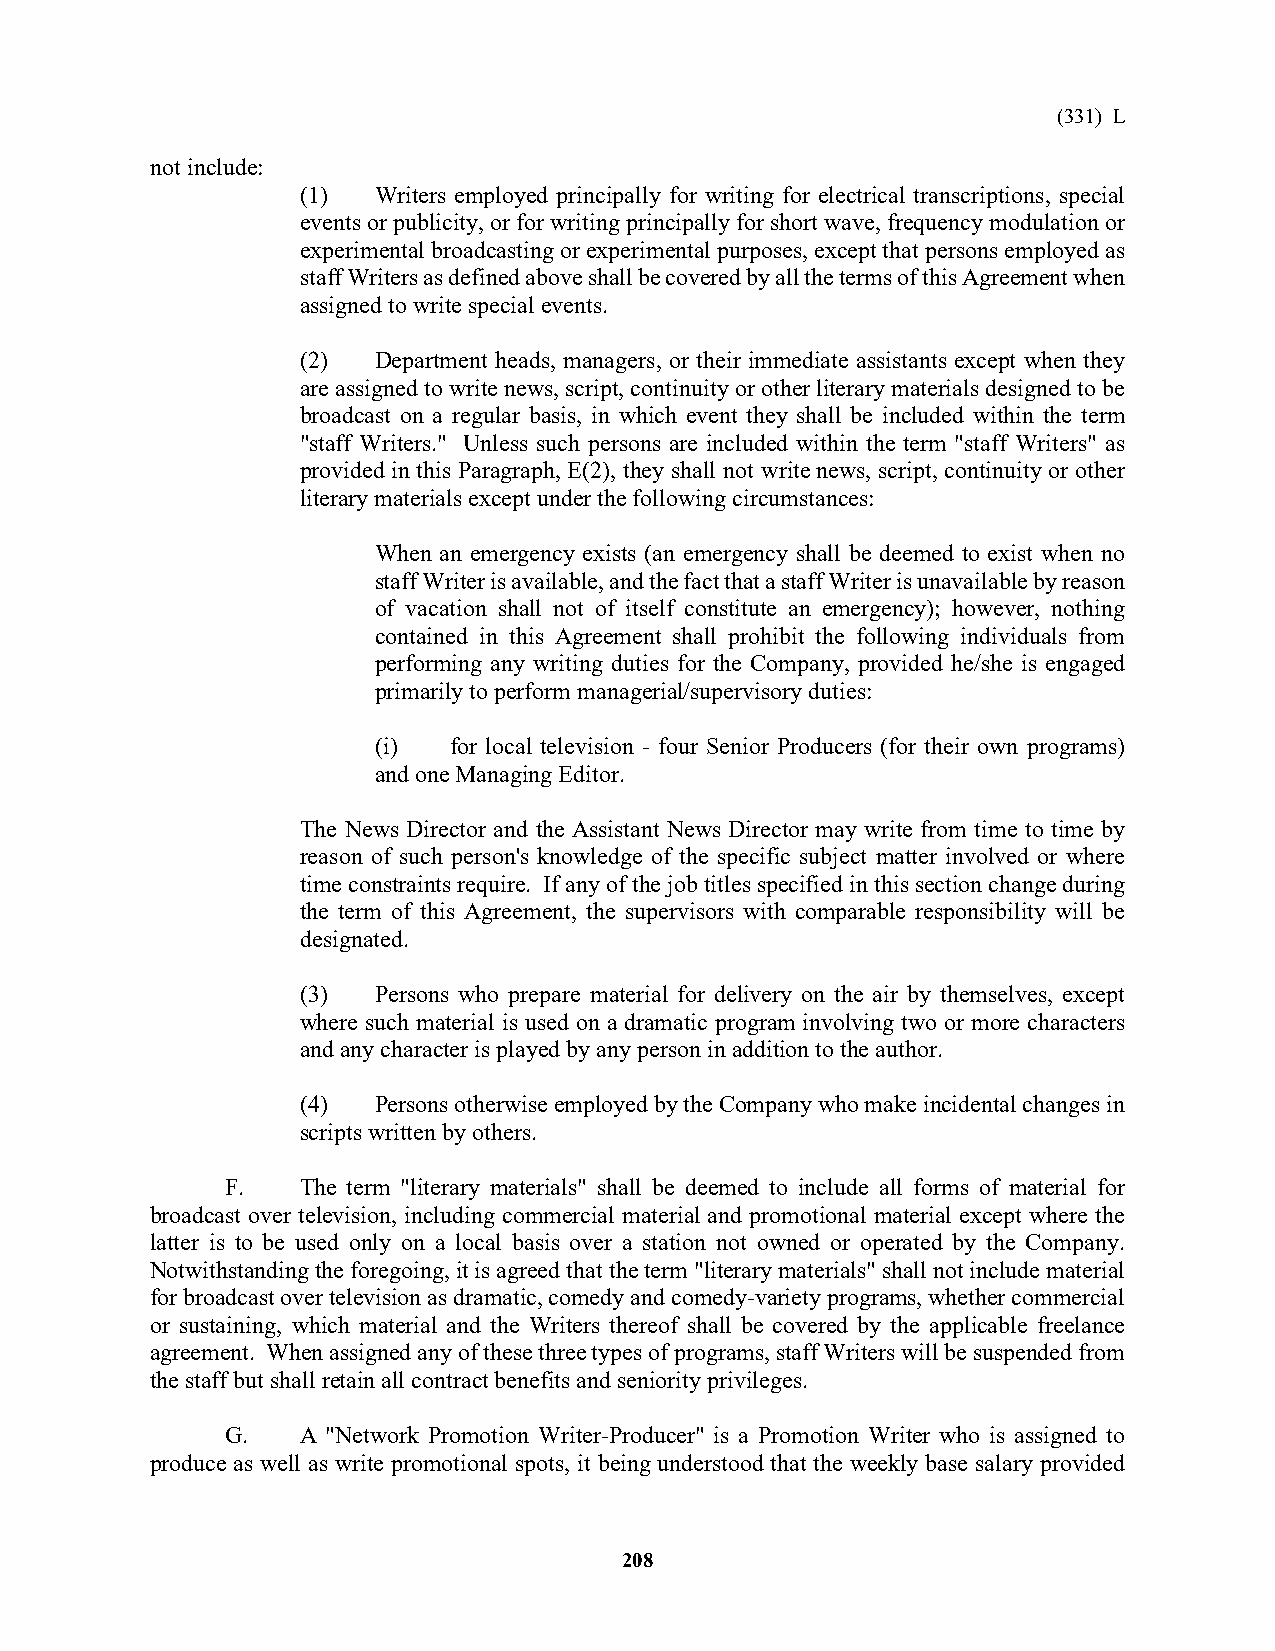
(331) L
 not include:
 (1)  Writers employed principally for writing for electrical transcriptions, special
 events or publicity, or for writing principally for short wave, frequency modulation or
 experimental broadcasting or experimental purposes, except that persons employed as
 staff Writers as defined above shall be covered by all the terms of this Agreement when
 assigned to write special events.
 (2)  Department heads, managers, or their immediate assistants except when they
 are assigned to write news, script, continuity or other literary materials designed to be
 broadcast on a regular basis, in which event they shall be included within the term
 "staff Writers." Unless such persons are included within the term "staff Writers" as
 provided in this Paragraph, E(2), they shall not write news, script, continuity or other
 literary materials except under the following circumstances:
 When an emergency exists (an emergency shall be deemed to exist when no
 staff Writer is available, and the fact that a staff Writer is unavailable by reason
 of vacation shall not of itself constitute an emergency); however, nothing
 contained in this Agreement shall prohibit the following individuals from
 performing any writing duties for the Company, provided he/she is engaged
 primarily to perform managerial/supervisory duties:
 (i)  for local television - four Senior Producers (for their own programs)
 and one Managing Editor.
 The News Director and the Assistant News Director may write from time to time by
 reason of such person's knowledge of the specific subject matter involved or where
 time constraints require. If any of the job titles specified in this section change during
 the term of this Agreement, the supervisors with comparable responsibility will be
 designated.
 (3)  Persons who prepare material for delivery on the air by themselves, except
 where such material is used on a dramatic program involving two or more characters
 and any character is played by any person in addition to the author.
 (4)  Persons otherwise employed by the Company who make incidental changes in
 scripts written by others.
 F.   The term "literary materials" shall be deemed to include all forms of material for
 broadcast over television, including commercial material and promotional material except where the
 latter is to be used only on a local basis over a station not owned or operated by the Company.
 Notwithstanding the foregoing, it is agreed that the term "literary materials" shall not include material
 for broadcast over television as dramatic, comedy and comedy-variety programs, whether commercial
 or sustaining, which material and the Writers thereof shall be covered by the applicable freelance
 agreement. When assigned any of these three types of programs, staff Writers will be suspended from
 the staff but shall retain all contract benefits and seniority privileges.
 G.   A "Network Promotion Writer-Producer" is a Promotion Writer who is assigned to
 produce as well as write promotional spots, it being understood that the weekly base salary provided
 208